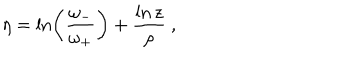
LaTeX: \eta = \ln \left( \frac { \omega _ { - } } { \omega _ { + } } \right) + \frac { \ln z } { \rho } \ ,